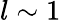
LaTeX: l\sim 1